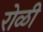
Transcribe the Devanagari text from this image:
रोळी